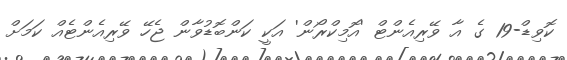
ކޮވިޑް-19 ގެ އާ ވޭރިއެންޓް 'އޮމިކްރޯން' އަކީ ކަންބޮޑުވާން ޖެހޭ ވޭރިއެންޓެއް ކަމަށް